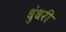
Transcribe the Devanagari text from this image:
धुंधरी